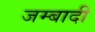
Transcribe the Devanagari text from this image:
जम्बादी